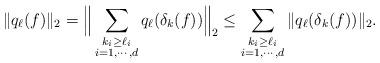
LaTeX: \begin{align*}\|q_{\ell}(f)\|_2 = \Big\|\sum_{\substack{k_i\geq\ell_i\\i=1,\cdots,d}}q_{\ell}(\delta_k(f))\Big\|_2\leq \sum_{\substack{k_i\geq\ell_i\\i=1,\cdots,d}}\|q_{\ell}(\delta_k(f))\|_2.\end{align*}